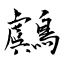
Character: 鸆